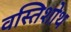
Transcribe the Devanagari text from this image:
वस्तिशोथ